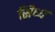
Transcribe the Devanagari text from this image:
सिध्ध